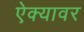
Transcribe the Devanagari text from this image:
ऐक्यावर